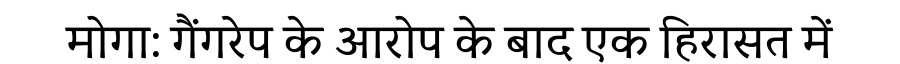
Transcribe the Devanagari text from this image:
मोगा: गैंगरेप के आरोप के बाद एक हिरासत में